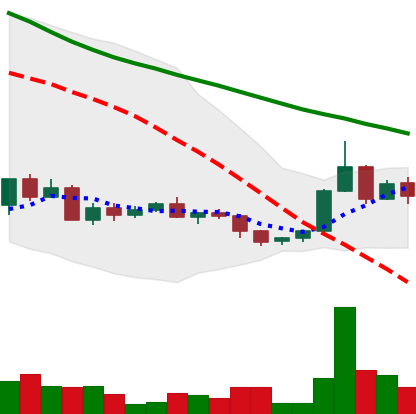
Ticker: ADA-USD
Chart end date: 2022-06-03
Forward return: 14.644%
Label: up_7plus